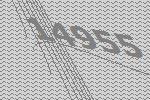
14955